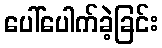
ပေါ်ပေါက်ခဲ့ခြင်း